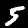
Digit: 5